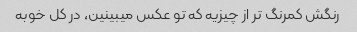
رنگش کمرنگ تر از چیزیه که تو عکس میبینین، در کل خوبه